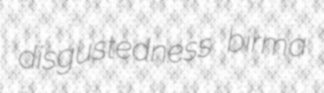
disgustedness birma